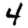
Digit: 4